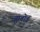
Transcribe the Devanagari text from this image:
ह्राबोव